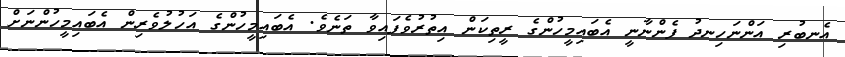
އެނބުރި އަންނަހިނދު ފެންނާނީ އެބައިމީހުންގެ ރީތިކަން އިތުރުވެފައިވާ ތަނެވެ. އެބައިމީހުންގެ އަހުލުވެރިން އެބައިމީހުންނަށް